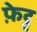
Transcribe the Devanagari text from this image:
फ़ेट्ट